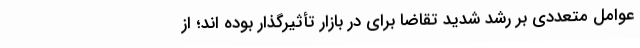
عوامل متعددی بر رشد شدید تقاضا برای در بازار تأثیرگذار بوده اند؛ از